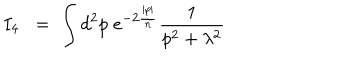
I _ { 4 } \; : = \; \int d ^ { 2 } p \; e ^ { - 2 \frac { | p | } { n } } \frac { 1 } { p ^ { 2 } + \lambda ^ { 2 } }